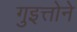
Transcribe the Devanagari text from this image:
गुइत्तोने